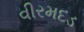
વીરમદડ